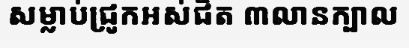
សម្លាប់ជ្រូកអស់ជិត ៣លានក្បាល